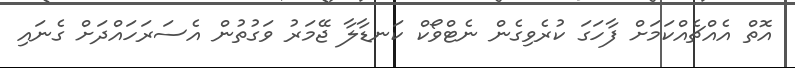
އޮތް އެއްޗެއްކަމަށް ފާހަގަ ކުރެވިގެން ނެޓްވޯކް ކަނޑާލާ ޖޭމަރު ވަގުތުން އެސަރަހައްދަށް ގެނައި